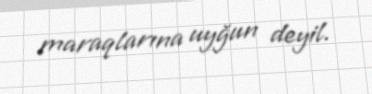
maraqlarına uyğun deyil.